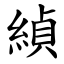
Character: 緽